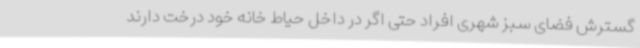
گسترش فضای سبز شهری افراد حتی اگر در داخل حیاط خانه خود درخت دارند